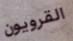
القرويون